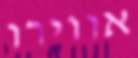
אווירו